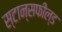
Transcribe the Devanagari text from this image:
स्टान्सफील्ड